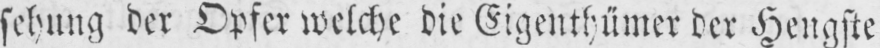
sehung der Opfer welche die Eigenthümer der Hengste